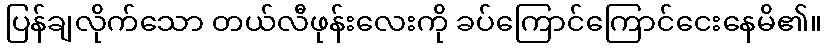
ပြန်ချလိုက်သော တယ်လီဖုန်းလေးကို ခပ်ကြောင်ကြောင်ငေးနေမိ၏။